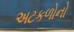
અટકળોનો